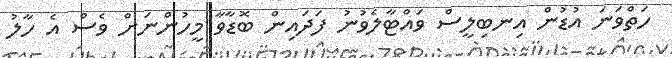
ހަތްވަނަ އުޑުން އިނބިލީސް ވައްޓާލެވުނު ފަދައިން ބޮޑާވާ މީހުންނަށް ވެސް އެ ހާލު